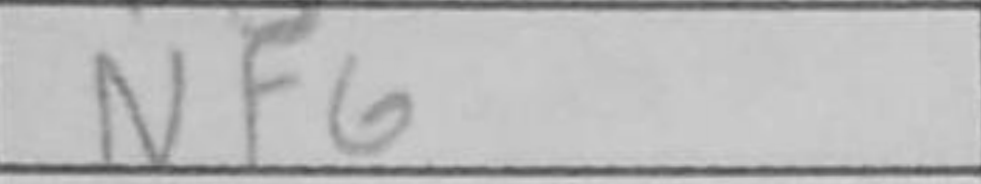
Transcription: Nf6